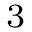
{ } _ { 3 }